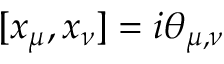
[ x _ { \mu } , x _ { \nu } ] = i \theta _ { \mu , \nu }